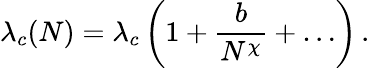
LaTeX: \lambda_{c}(N)=\lambda_{c}\left(1+\frac{b}{N^{\chi}}+\ldots\right)\, .